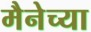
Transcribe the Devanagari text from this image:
मैनेच्या